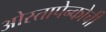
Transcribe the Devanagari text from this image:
ओस्तापेन्कोची